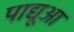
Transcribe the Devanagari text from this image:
पाद्यूआ